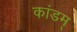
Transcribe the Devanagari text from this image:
कांडम्